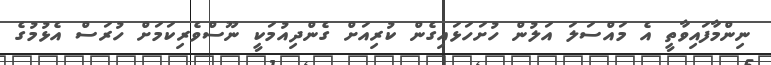
ނިންމާފައިވާތީ އެ މައްސަލަ އަލުން ހުށަހަޅައިގެން ކުރިއަށް ގެންދިއުމަކީ ނޫސްވެރިކަމަށް ހުރަސް އެޅުމުގެ